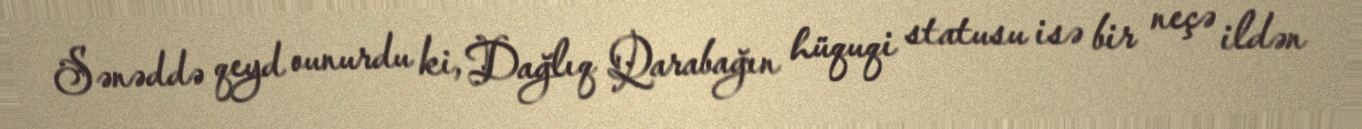
Sənəddə qeyd ounurdu ki, Dağlıq Qarabağın hüquqi statusu isə bir neçə ildən